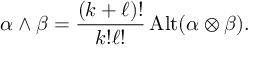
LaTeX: \alpha \wedge \beta = { \frac { ( k + \ell ) ! } { k ! \ell ! } } \operatorname { A l t } ( \alpha \otimes \beta ) .